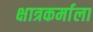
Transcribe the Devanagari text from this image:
क्षात्रकर्माला